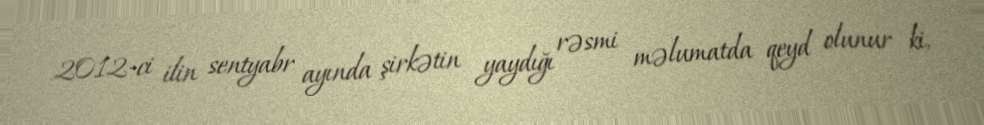
2012-ci ilin sentyabr ayında şirkətin yaydığı rəsmi məlumatda qeyd olunur ki,